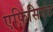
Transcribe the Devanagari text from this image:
एफ़िसिएंट